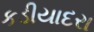
કડીયાદરા